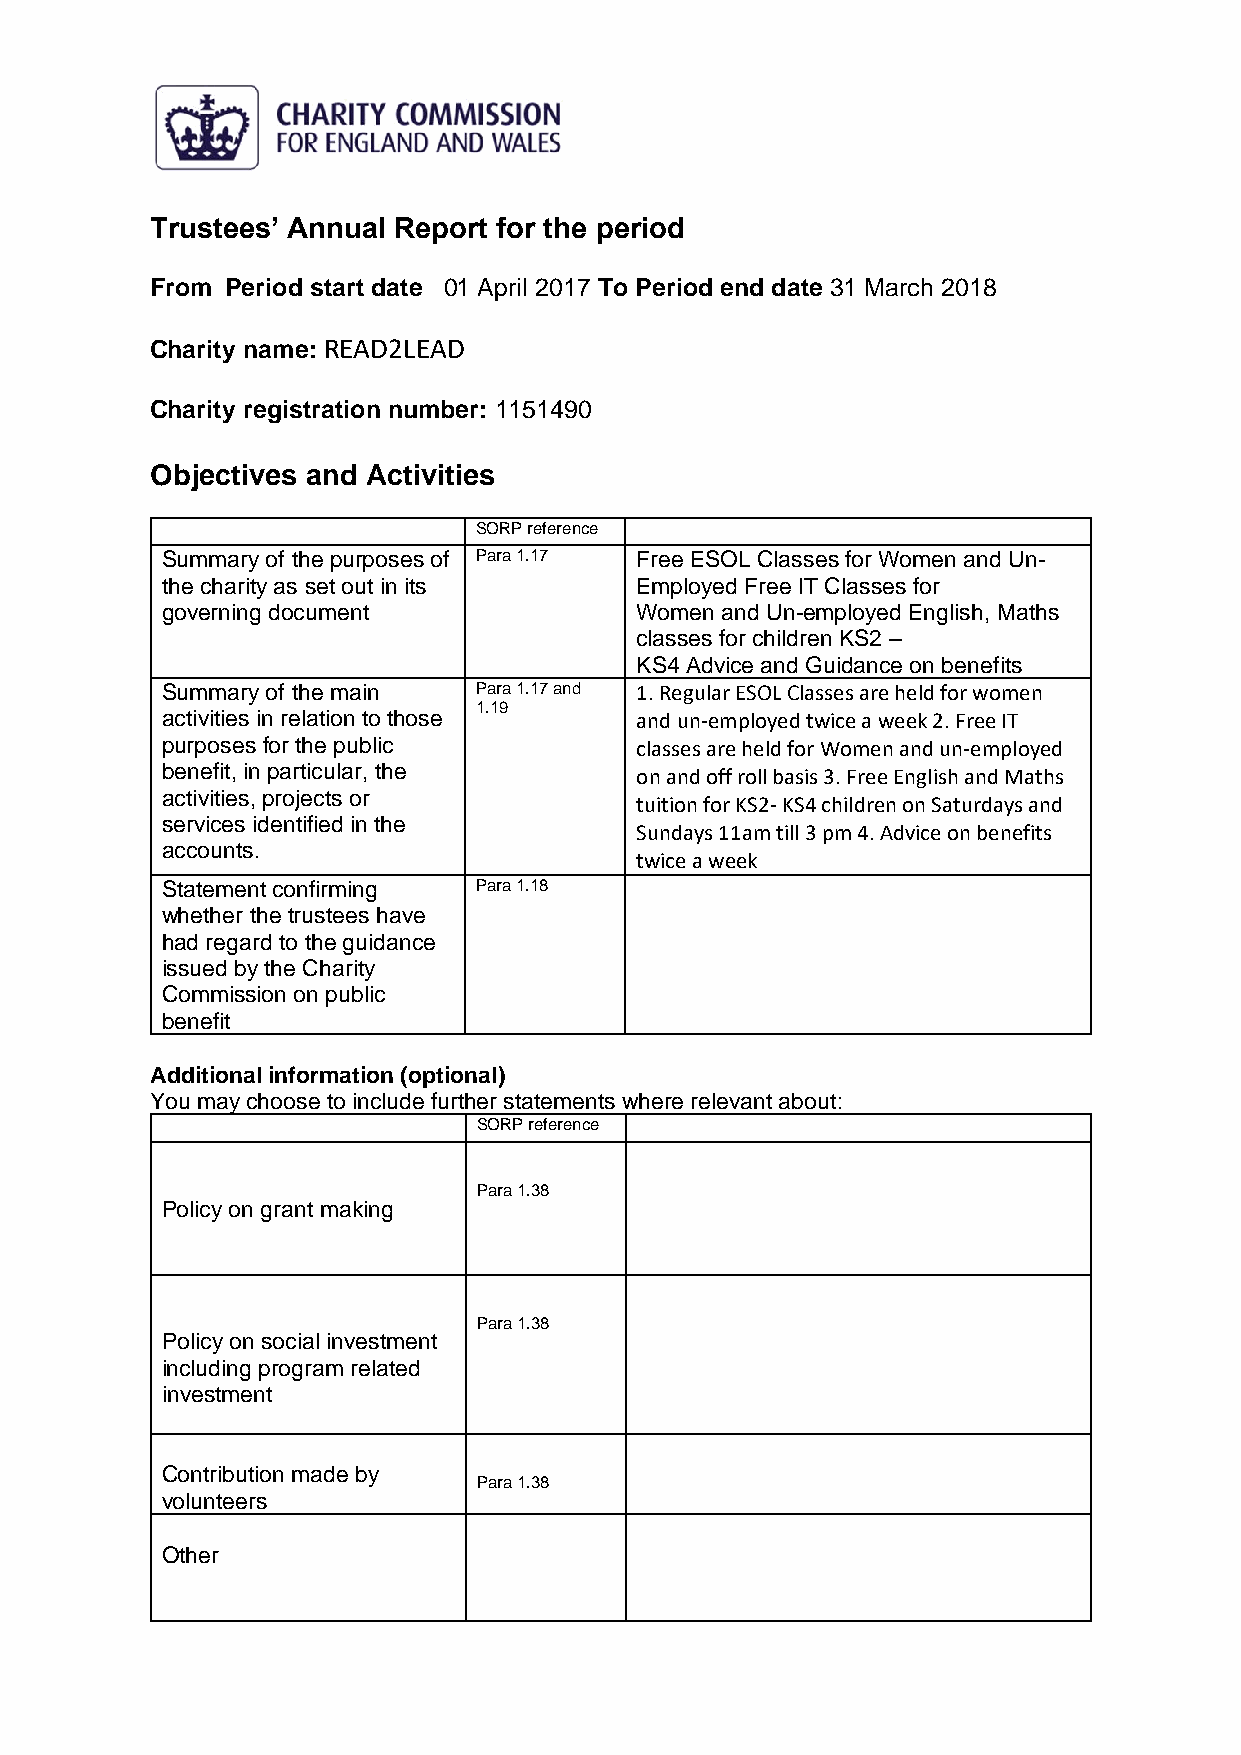
Trustees’ Annual Report for the period
 From Period start date 01 April 2017 To Period end date 31 March 2018
 Charity name: READ2LEAD
 Charity registration number: 1151490
 Objectives and Activities
 SORP reference
 Summary of the purposes of Para 1.17 Free ESOL Classes for Women and Un-
 the charity as set out in its  Employed Free IT Classes for
 governing document             Women and Un-employed English, Maths
 classes for children KS2 –
 KS4 Advice and Guidance on benefits
 Summary of the main  Para 1.17 and 1. Regular ESOL Classes are held for women
 1.19
 activities in relation to those and un-employed twice a week 2. Free IT
 purposes for the public        classes are held for Women and un-employed
 benefit, in particular, the    on and off roll basis 3. Free English and Maths
 activities, projects or
 tuition for KS2- KS4 children on Saturdays and
 services identified in the
 Sundays 11am till 3 pm 4. Advice on benefits
 accounts.
 twice a week
 Statement confirming Para 1.18
 whether the trustees have
 had regard to the guidance
 issued by the Charity
 Commission on public
 benefit
 Additional information (optional)
 You may choose to include further statements where relevant about:
 SORP reference
 Para 1.38
 Policy on grant making
 Para 1.38
 Policy on social investment
 including program related
 investment
 Contribution made by
 Para 1.38
 volunteers
 Other